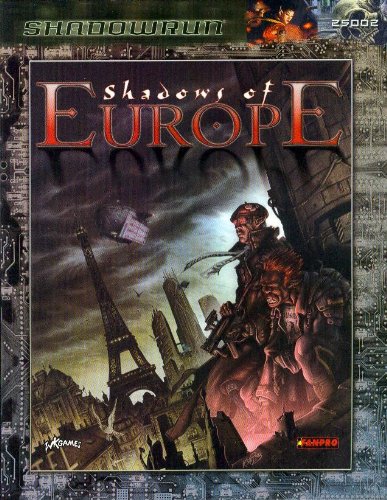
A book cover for Shadows of Europe (Shadowrun); FanPro; Science Fiction & Fantasy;